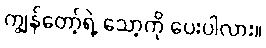
ကျွန်တော့်ရဲ့ သော့ကို ပေးပါလား။